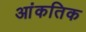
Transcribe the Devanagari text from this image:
आंकतिक